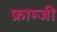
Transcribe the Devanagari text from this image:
फ्राम्जी